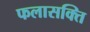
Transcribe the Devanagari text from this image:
फलासक्ति